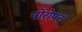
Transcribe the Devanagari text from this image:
पोरोपट